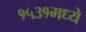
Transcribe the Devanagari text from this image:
१५३१मध्ये